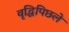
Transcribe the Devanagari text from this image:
वृद्धिपिछले